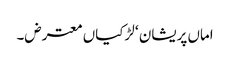
اماں پریشان ‘ لڑکیاں معترض۔